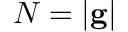
N = | { \bf g } |